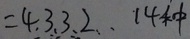
= 4 、 3 、 3 、 2 、 、 1 4 种